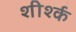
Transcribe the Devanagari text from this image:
शीर्श्क